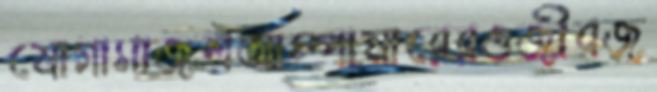
যোগাসাজশআম্পায়ারেরওজীবজ